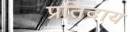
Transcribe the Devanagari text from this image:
प्रतिदाय